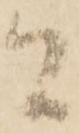
間